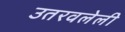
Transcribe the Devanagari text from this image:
उतरवलेली